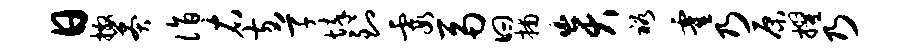
日撒莽诣右方草悴到霞鬲曰捕炎裕霍乃原擢乃